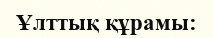
Ұлттық құрамы: